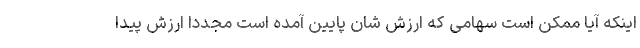
اینکه آیا ممکن است سهامی که ارزش شان پایین آمده است مجددا ارزش پیدا